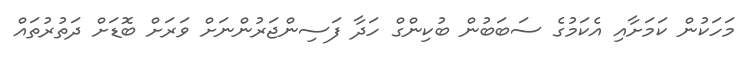
މަހަކުން ކަމަށާއި އެކަމުގެ ސަބަބުން ބުކިންގް ހަދާ ފަސިންޖަރުންނަށް ވަރަށް ބޮޑަށް ދަތުރުތައް